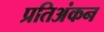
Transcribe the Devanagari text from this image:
प्रतिअंकन